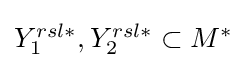
{\textstyle {Y_{1}^{rsl\ast }},{Y_{2}^{rsl\ast }}\subset M^{\ast }}